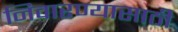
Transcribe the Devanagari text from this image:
निवारण्यासाठी